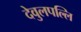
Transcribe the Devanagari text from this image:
देवुलपल्लि